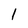
Character: 1